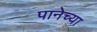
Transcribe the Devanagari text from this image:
पानेच्या